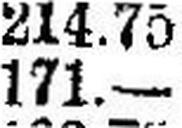
171.—